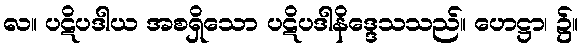
လ။ ပဋိပဒါယ အစရှိသော ပဋိပဒါနိဒ္ဒေသသည်။ ဟေဋ္ဌာ၊ ၌။